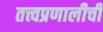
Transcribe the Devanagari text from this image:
तत्त्वप्रणालीची